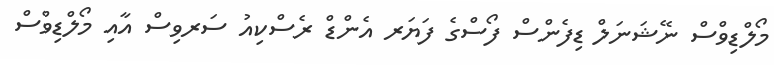
މޯލްޑިވްސް ނޭޝަނަލް ޑިފެންސް ފޯސްގެ ފަޔަރ އެންޑް ރެސްކިއު ސަރވިސް އާއި މޯލްޑިވްސް